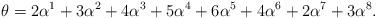
LaTeX: \begin{align*} \theta = 2\alpha^1 + 3\alpha^2 + 4\alpha^3 + 5\alpha^4 + 6\alpha^5 + 4\alpha^6 + 2\alpha^7 + 3\alpha^8.\end{align*}